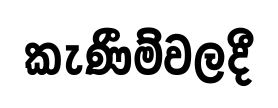
කැණීම්වලදී